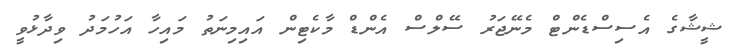
ޝީޝާގެ އެސިސްޑެންޓް މެނޭޖަރު ސޭލްސް އެންޑް މާކެޓިން އައިމިނަތު މައިހާ އަހުމަދު ވިދާޅުވީ